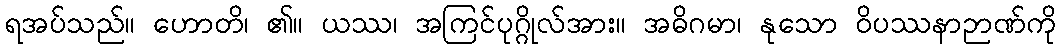
ရအပ်သည်။ ဟောတိ၊ ၏။ ယဿ၊ အကြင်ပုဂ္ဂိုလ်အား။ အဓိဂမာ၊ နုသော ဝိပဿနာဉာဏ်ကို